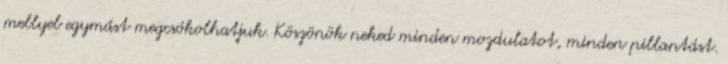
mellyel egymást megcsókolhatjuk. Köszönök neked minden mozdulatot, minden pillantást.